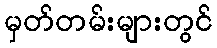
မှတ်တမ်းများတွင်